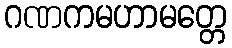
ဂဏကမဟာမတ္တေ